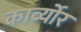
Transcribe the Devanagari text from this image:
कार्ब्योर